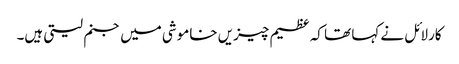
کارلائل نے کہا تھا کہ عظیم چیزیں خاموشی میں جنم لیتی ہیں۔